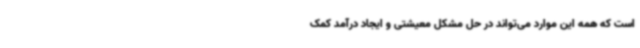
است که همه این موارد می‌تواند در حل مشکل معیشتی و ایجاد درآمد کمک